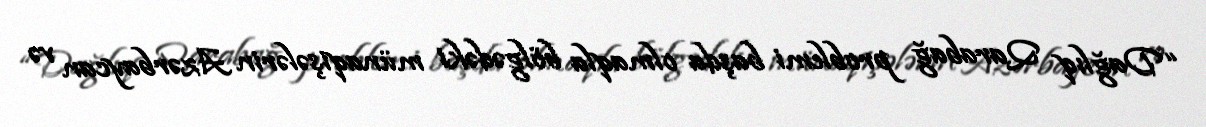
“Dağlıq Qarabağ problemi başda olmaqla bölgədəki münaqişələrin Azərbaycan və